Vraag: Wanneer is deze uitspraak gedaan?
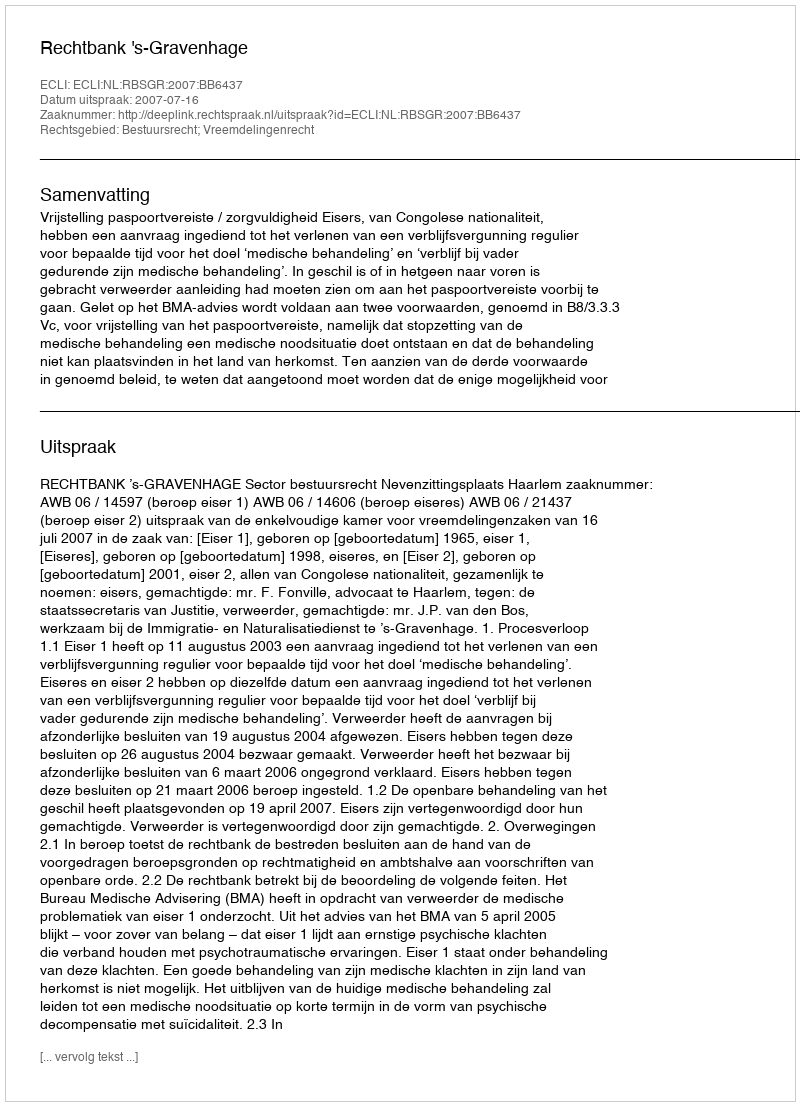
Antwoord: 2007-07-16